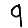
Digit: 9